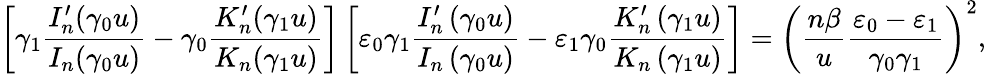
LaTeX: \left[\gamma_{1}\frac{I_{n}^{\prime}(\gamma_{0}u)}{I_{n}(\gamma_{0}u)}-\gamma_{0}\frac{K_{n}^{\prime}(\gamma_{1}u)}{K_{n}(\gamma_{1}u)}\right]\left[\varepsilon_{0}\gamma_{1}\frac{I_{n}^{\prime}\left(\gamma_{0}u\right)}{I_{n}\left(\gamma_{0}u\right)}-\varepsilon_{1}\gamma_{0}\frac{K_{n}^{\prime}\left(\gamma_{1}u\right)}{K_{n}\left(\gamma_{1}u\right)}\right]=\left(\frac{n\beta}{u}\frac{\varepsilon_{0}-\varepsilon_{1}}{\gamma_{0}\gamma_{1}}\right)^{2},